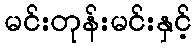
မင်းတုန်းမင်းနှင့်